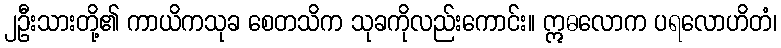
၂ဦးသားတို့၏ ကာယိကသုခ စေတသိက သုခကိုလည်းကောင်း။ ဣဓလောက ပရလောဟိတံ၊